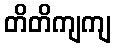
တိတိကျကျ